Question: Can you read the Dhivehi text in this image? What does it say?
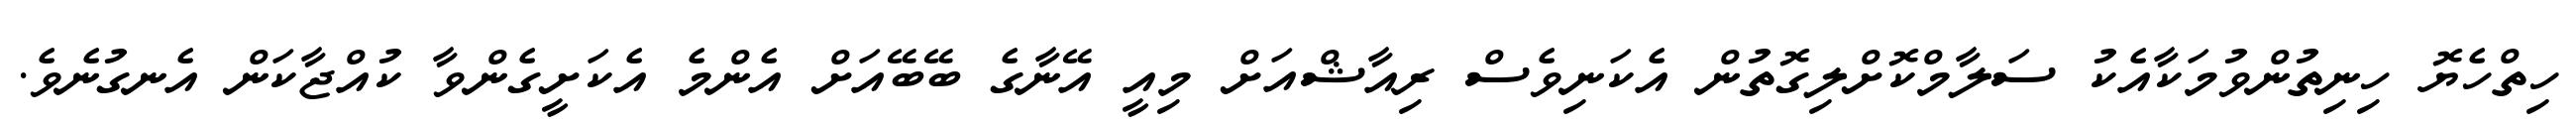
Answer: ހިތްހެޔޮ ހިނިތުންވުމަކާއެކު ސަލާމްކޮށްލިގޮތުން އެކަނިވެސް ރިއާޝްއަށް މިއީ އޭނާގެ ބޭބޭއަށް އެންމެ އެކަށީގެންވާ ކުއްޖާކަން އެނގުނެވެ.